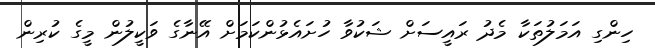
ހިންގި އަމަލުތަކާ މެދު ރައީސަށް ޝަކުވާ ހުށައެޅުންކަމަށް އޭނާގެ ވަކީލުން މީގެ ކުރިން